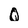
Character: 0